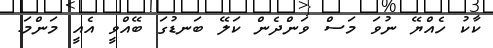
ކާކު ހެއްޔޭ ނުވަ މަސް ވަންދެން ކަލޭ ބަނޑުގަ ބޭއްވީ އެއީ މަންމަ.